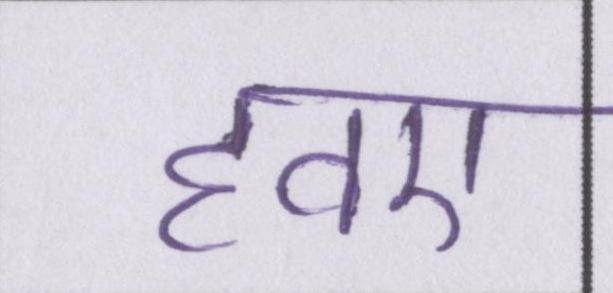
हवए